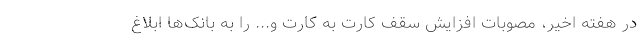
در هفته اخیر، مصوبات افزایش سقف کارت به کارت و... را به بانک‌ها ابلاغ